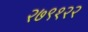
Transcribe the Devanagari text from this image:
२७९१२२